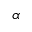
\alpha